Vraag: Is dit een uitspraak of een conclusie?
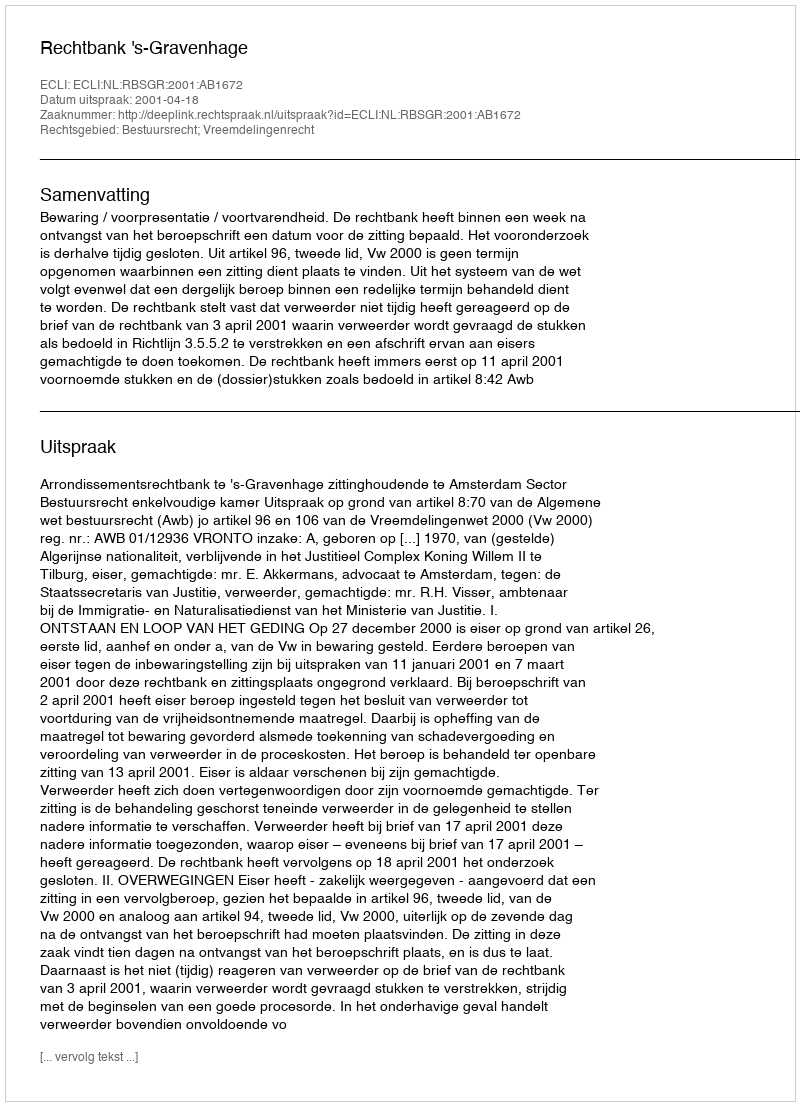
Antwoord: Uitspraak